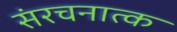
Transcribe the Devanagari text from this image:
संरचनात्क